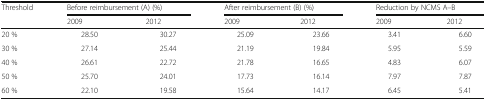
| <ROWSPAN=2> Threshold | <COLSPAN=2> Before reimbursement (A) (%) | <COLSPAN=2> After reimbursement (B) (%) | <COLSPAN=2> Reduction by NCMS A–B |
 | 2009 | 2012 | 2009 | 2012 | 2009 | 2012 |
 | --- | --- | --- | --- | --- | --- | --- |
 | 20 % | 28.50 | 30.27 | 25.09 | 23.66 | 3.41 | 6.60 |
 | 30 % | 27.14 | 25.44 | 21.19 | 19.84 | 5.95 | 5.59 |
 | 40 % | 26.61 | 22.72 | 21.78 | 16.65 | 4.83 | 6.07 |
 | 50 % | 25.70 | 24.01 | 17.73 | 16.14 | 7.97 | 7.87 |
 | 60 % | 22.10 | 19.58 | 15.64 | 14.17 | 6.45 | 5.41 |